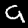
Digit: 9